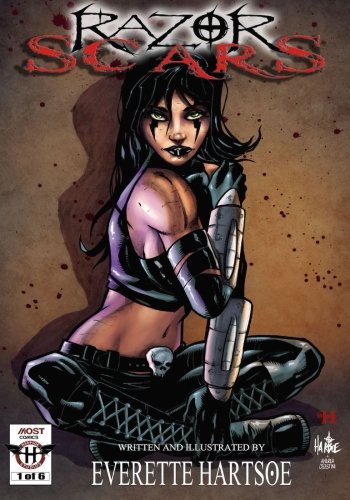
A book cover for Everette Hartsoe's RAZOR: SCARS issue 1 special edition: Scars (Volume 1); Everette Hartsoe; Comics & Graphic Novels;